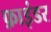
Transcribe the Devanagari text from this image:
फ़ाइंडर